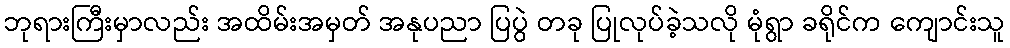
ဘုရားကြီးမှာလည်း အထိမ်းအမှတ် အနုပညာ ပြပွဲ တခု ပြုလုပ်ခဲ့သလို မုံရွာ ခရိုင်က ကျောင်းသူ